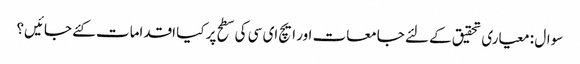
سوال : معیاری تحقیق کے لئے جامعات اور ایچ ای سی کی سطح پر کیا اقدامات کئے جائیں؟